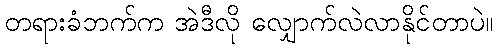
တရားခံဘက်က အဲဒီလို လျှောက်လဲလာနိုင်တာပဲ။